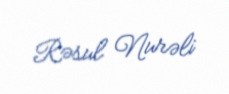
Rəsul Nurəli